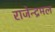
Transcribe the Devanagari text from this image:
राजेन्द्रमल